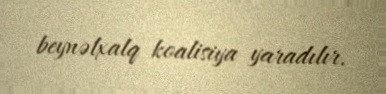
beynəlxalq koalisiya yaradılır.